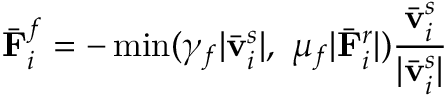
\bar { \mathbf { F } } _ { i } ^ { f } = - \operatorname* { m i n } ( \gamma _ { f } | \bar { \bf { v } } _ { i } ^ { s } | , ~ \mu _ { f } | \bar { \mathbf { F } } _ { i } ^ { r } | ) \frac { \bar { \mathbf { v } } _ { i } ^ { s } } { | \bar { \mathbf { v } } _ { i } ^ { s } | }